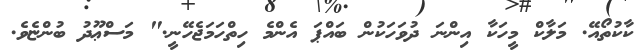
ކާކުތޯއޭ. މަލާކް މީހަކާ އިންނަ ދުވަހަކުން ބައްޕަ އެންމެ ހިތްހަމަޖެހޭނީ." މަސްޢޫދު ބުންޏެވެ.